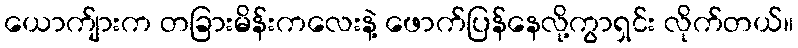
ယောက်ျားက တခြားမိန်းကလေးနဲ့ ဖောက်ပြန်နေလို့ကွာရှင်း လိုက်တယ်။